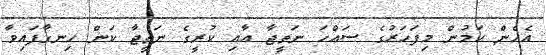
އެހެން ކަމުން މިފަހަރުގެ ސައްހަ ނަތީޖާ އާއި ކުރީގެ ނަތީޖާ ކަން ހިނގާފައިވާ